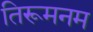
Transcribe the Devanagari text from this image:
तिरूमनम